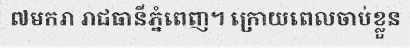
៧មករា រាជធានីភ្នំពេញ។ ក្រោយពេលចាប់ខ្លួន